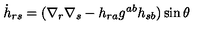
{ \dot { h } } _ { r s } = ( \nabla _ { r } \nabla _ { s } - h _ { r a } g ^ { a b } h _ { s b } ) \sin \theta